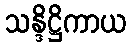
သန္ဒိဋ္ဌိကာယ